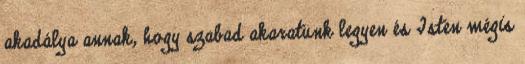
akadálya annak, hogy szabad akaratunk legyen és Isten mégis